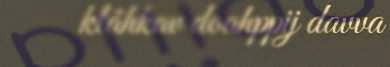
klåhkav doahppij davva